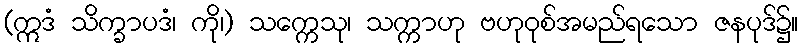
(ဣဒံ သိက္ခာပဒံ၊ ကို၊) သက္ကေသု၊ သက္ကာဟု ဗဟုဝုစ်အမည်ရသော ဇနပုဒ်၌။